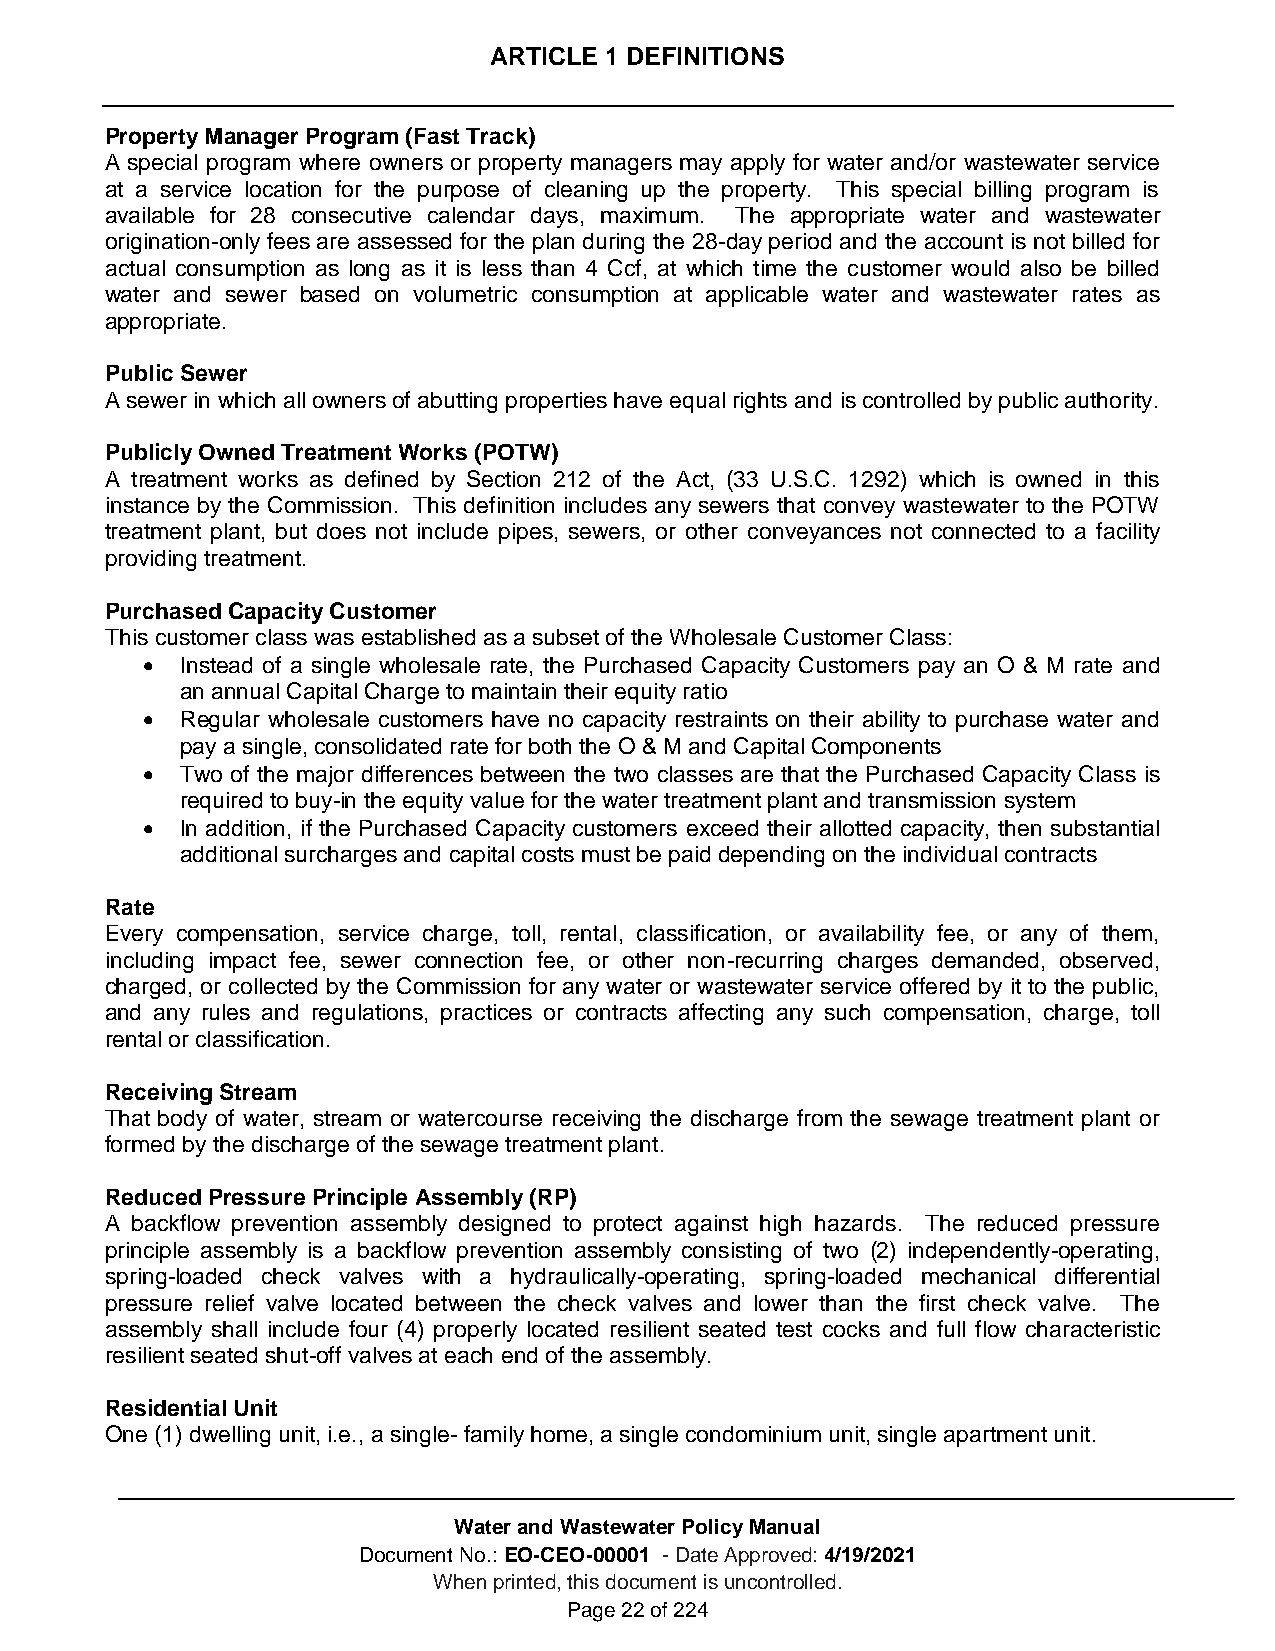
ARTICLE 1 DEFINITIONS
 Property Manager Program (Fast Track)
 A special program where owners or property managers may apply for water and/or wastewater service
 at a service location for the purpose of cleaning up the property. This special billing program is
 available for 28 consecutive calendar days, maximum. The appropriate water and wastewater
 origination-only fees are assessed for the plan during the 28-day period and the account is not billed for
 actual consumption as long as it is less than 4 Ccf, at which time the customer would also be billed
 water and sewer based on volumetric consumption at applicable water and wastewater rates as
 appropriate.
 Public Sewer
 A sewer in which all owners of abutting properties have equal rights and is controlled by public authority.
 Publicly Owned Treatment Works (POTW)
 A treatment works as defined by Section 212 of the Act, (33 U.S.C. 1292) which is owned in this
 instance by the Commission. This definition includes any sewers that convey wastewater to the POTW
 treatment plant, but does not include pipes, sewers, or other conveyances not connected to a facility
 providing treatment.
 Purchased Capacity Customer
 This customer class was established as a subset of the Wholesale Customer Class:
   Instead of a single wholesale rate, the Purchased Capacity Customers pay an O & M rate and
 an annual Capital Charge to maintain their equity ratio
   Regular wholesale customers have no capacity restraints on their ability to purchase water and
 pay a single, consolidated rate for both the O & M and Capital Components
   Two of the major differences between the two classes are that the Purchased Capacity Class is
 required to buy-in the equity value for the water treatment plant and transmission system
   In addition, if the Purchased Capacity customers exceed their allotted capacity, then substantial
 additional surcharges and capital costs must be paid depending on the individual contracts
 Rate
 Every compensation, service charge, toll, rental, classification, or availability fee, or any of them,
 including impact fee, sewer connection fee, or other non-recurring charges demanded, observed,
 charged, or collected by the Commission for any water or wastewater service offered by it to the public,
 and any rules and regulations, practices or contracts affecting any such compensation, charge, toll
 rental or classification.
 Receiving Stream
 That body of water, stream or watercourse receiving the discharge from the sewage treatment plant or
 formed by the discharge of the sewage treatment plant.
 Reduced Pressure Principle Assembly (RP)
 A backflow prevention assembly designed to protect against high hazards. The reduced pressure
 principle assembly is a backflow prevention assembly consisting of two (2) independently-operating,
 spring-loaded check valves with a hydraulically-operating, spring-loaded mechanical differential
 pressure relief valve located between the check valves and lower than the first check valve. The
 assembly shall include four (4) properly located resilient seated test cocks and full flow characteristic
 resilient seated shut-off valves at each end of the assembly.
 Residential Unit
 One (1) dwelling unit, i.e., a single- family home, a single condominium unit, single apartment unit.
 Water and Wastewater Policy Manual
 Document No.: EO-CEO-00001 - Date Approved: 4/19/2021
 When printed, this document is uncontrolled.
 Page 22 of 224